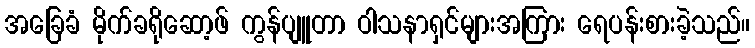
အခြေခံ မိုက်ခရိုဆော့ဖ် ကွန်ပျူတာ ဝါသနာရှင်များအကြား ရေပန်းစားခဲ့သည်။